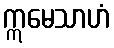
ဣမေသာဟံ